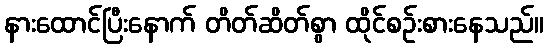
နားထောင်ပြီးနောက် တိတ်ဆိတ်စွာ ထိုင်စဉ်းစားနေသည်။